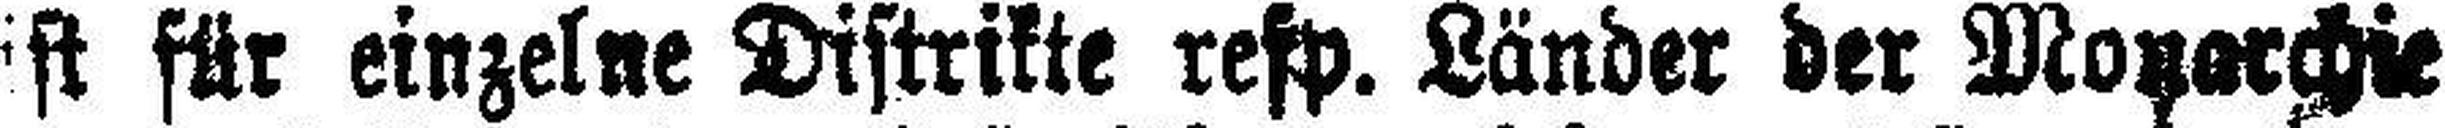
ist für einzelne Distrikte refp. Länder der Monarchie